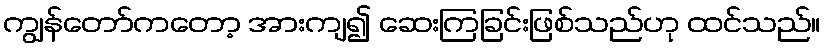
ကျွန်တော်ကတော့ အားကျ၍ ဆေးကြခြင်းဖြစ်သည်ဟု ထင်သည်။